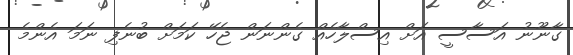
ގާނޫނު އަސާސީ އަށް އިސްލާހެއް ގެންނަން ޖެހޭ ކަމަށް ބުނެފި ނަމަ އެންމެ